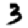
Digit: 3